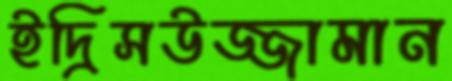
ইদ্রিসউজ্জামান